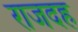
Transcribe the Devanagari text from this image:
राजदह